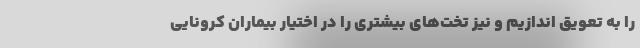
را به تعویق اندازیم و نیز تخت‌های بیشتری را در اختیار بیماران کرونایی